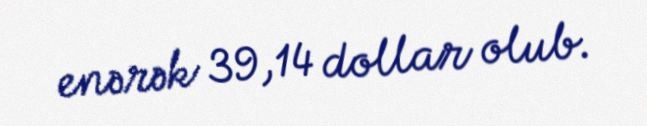
enərək 39,14 dollar olub.